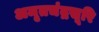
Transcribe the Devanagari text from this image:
अमृतचंद्रसूरि